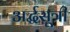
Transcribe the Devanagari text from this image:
अर्द्धसूत्री